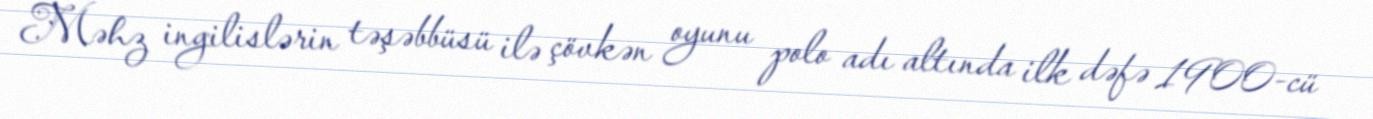
Məhz ingilislərin təşəbbüsü ilə çövkən oyunu polo adı altında ilk dəfə 1900-cü